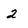
Character: 2